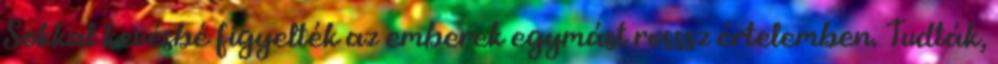
Sokkal kevésbé figyelték az emberek egymást rosssz értelemben. Tudták,